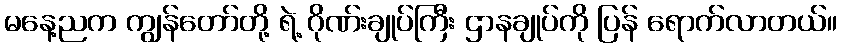
မနေ့ညက ကျွန်တော်တို့ ရဲ့ ဂိုဏ်းချုပ်ကြီး ဌာနချုပ်ကို ပြန် ရောက်လာတယ်။